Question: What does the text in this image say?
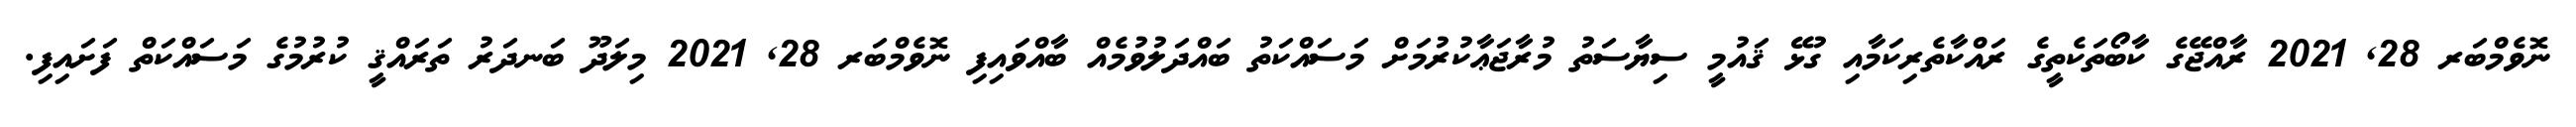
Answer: ނޮވެމްބަރ 28, 2021 ރާއްޖޭގެ ކާބޯތަކެތީގެ ރައްކާތެރިކަމާއި ގުޅޭ ޤައުމީ ސިޔާސަތު މުރާޖަޢާކުރުމަށް މަސައްކަތު ބައްދަލުވުމެއް ބާއްވައިފި ނޮވެމްބަރ 28, 2021 މިލަދޫ ބަނދަރު ތަރައްޤީ ކުރުމުގެ މަސައްކަތް ފަށައިފި.